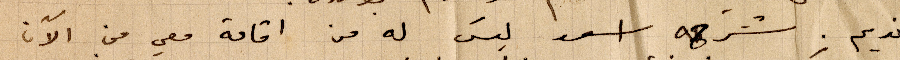
نديم، شرحه أسعد ليس له من إقامة معي من الآن